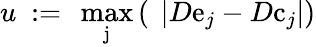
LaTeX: u\ :=\ \operatorname*{max}_{\mathrm{j}}\left(\ \left|D\mathrm{e}_{j}-D\mathrm{c}_{j}\right|\right)